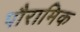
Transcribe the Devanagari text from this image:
पौरामिक